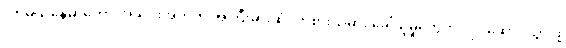
လာမယ့်နွေမှာတော့ အသင်းအတွက် အကြီးမားဆုံး ကစားသမား ခေါ်ယူမှုတွေကို လုပ်ဆောင်သွားဖို့